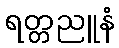
ရတ္တညူနံ